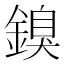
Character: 𲇙